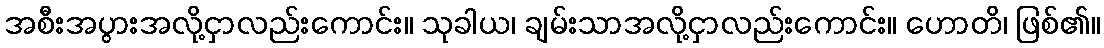
အစီးအပွားအလို့ငှာလည်းကောင်း။ သုခါယ၊ ချမ်းသာအလို့ငှာလည်းကောင်း။ ဟောတိ၊ ဖြစ်၏။